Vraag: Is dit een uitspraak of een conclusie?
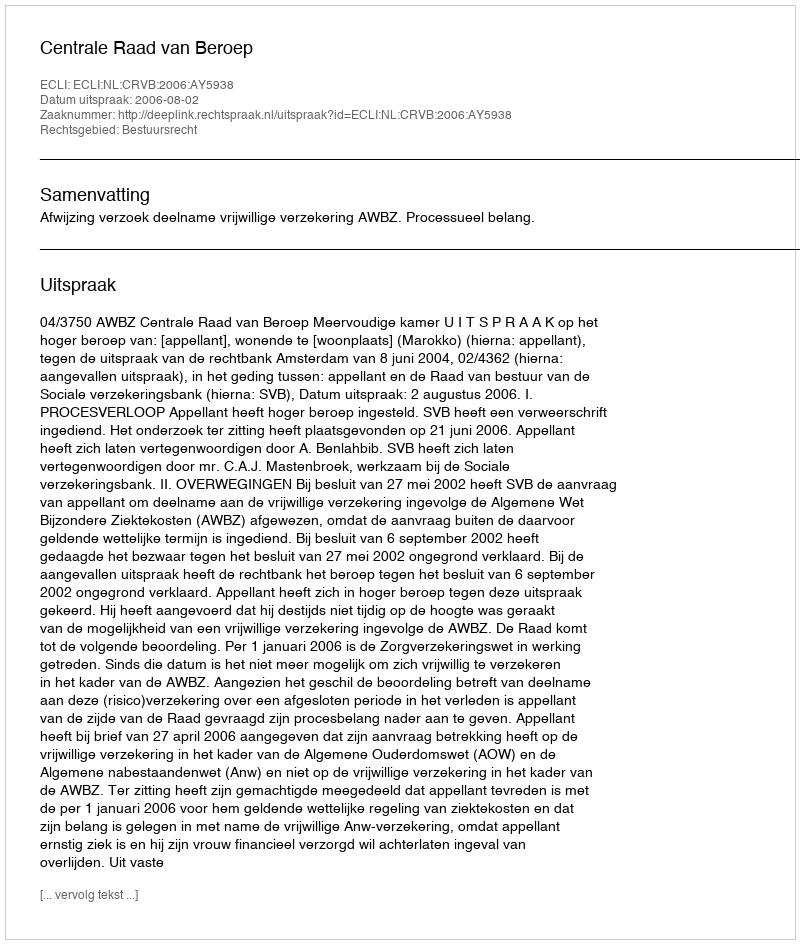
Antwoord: Uitspraak